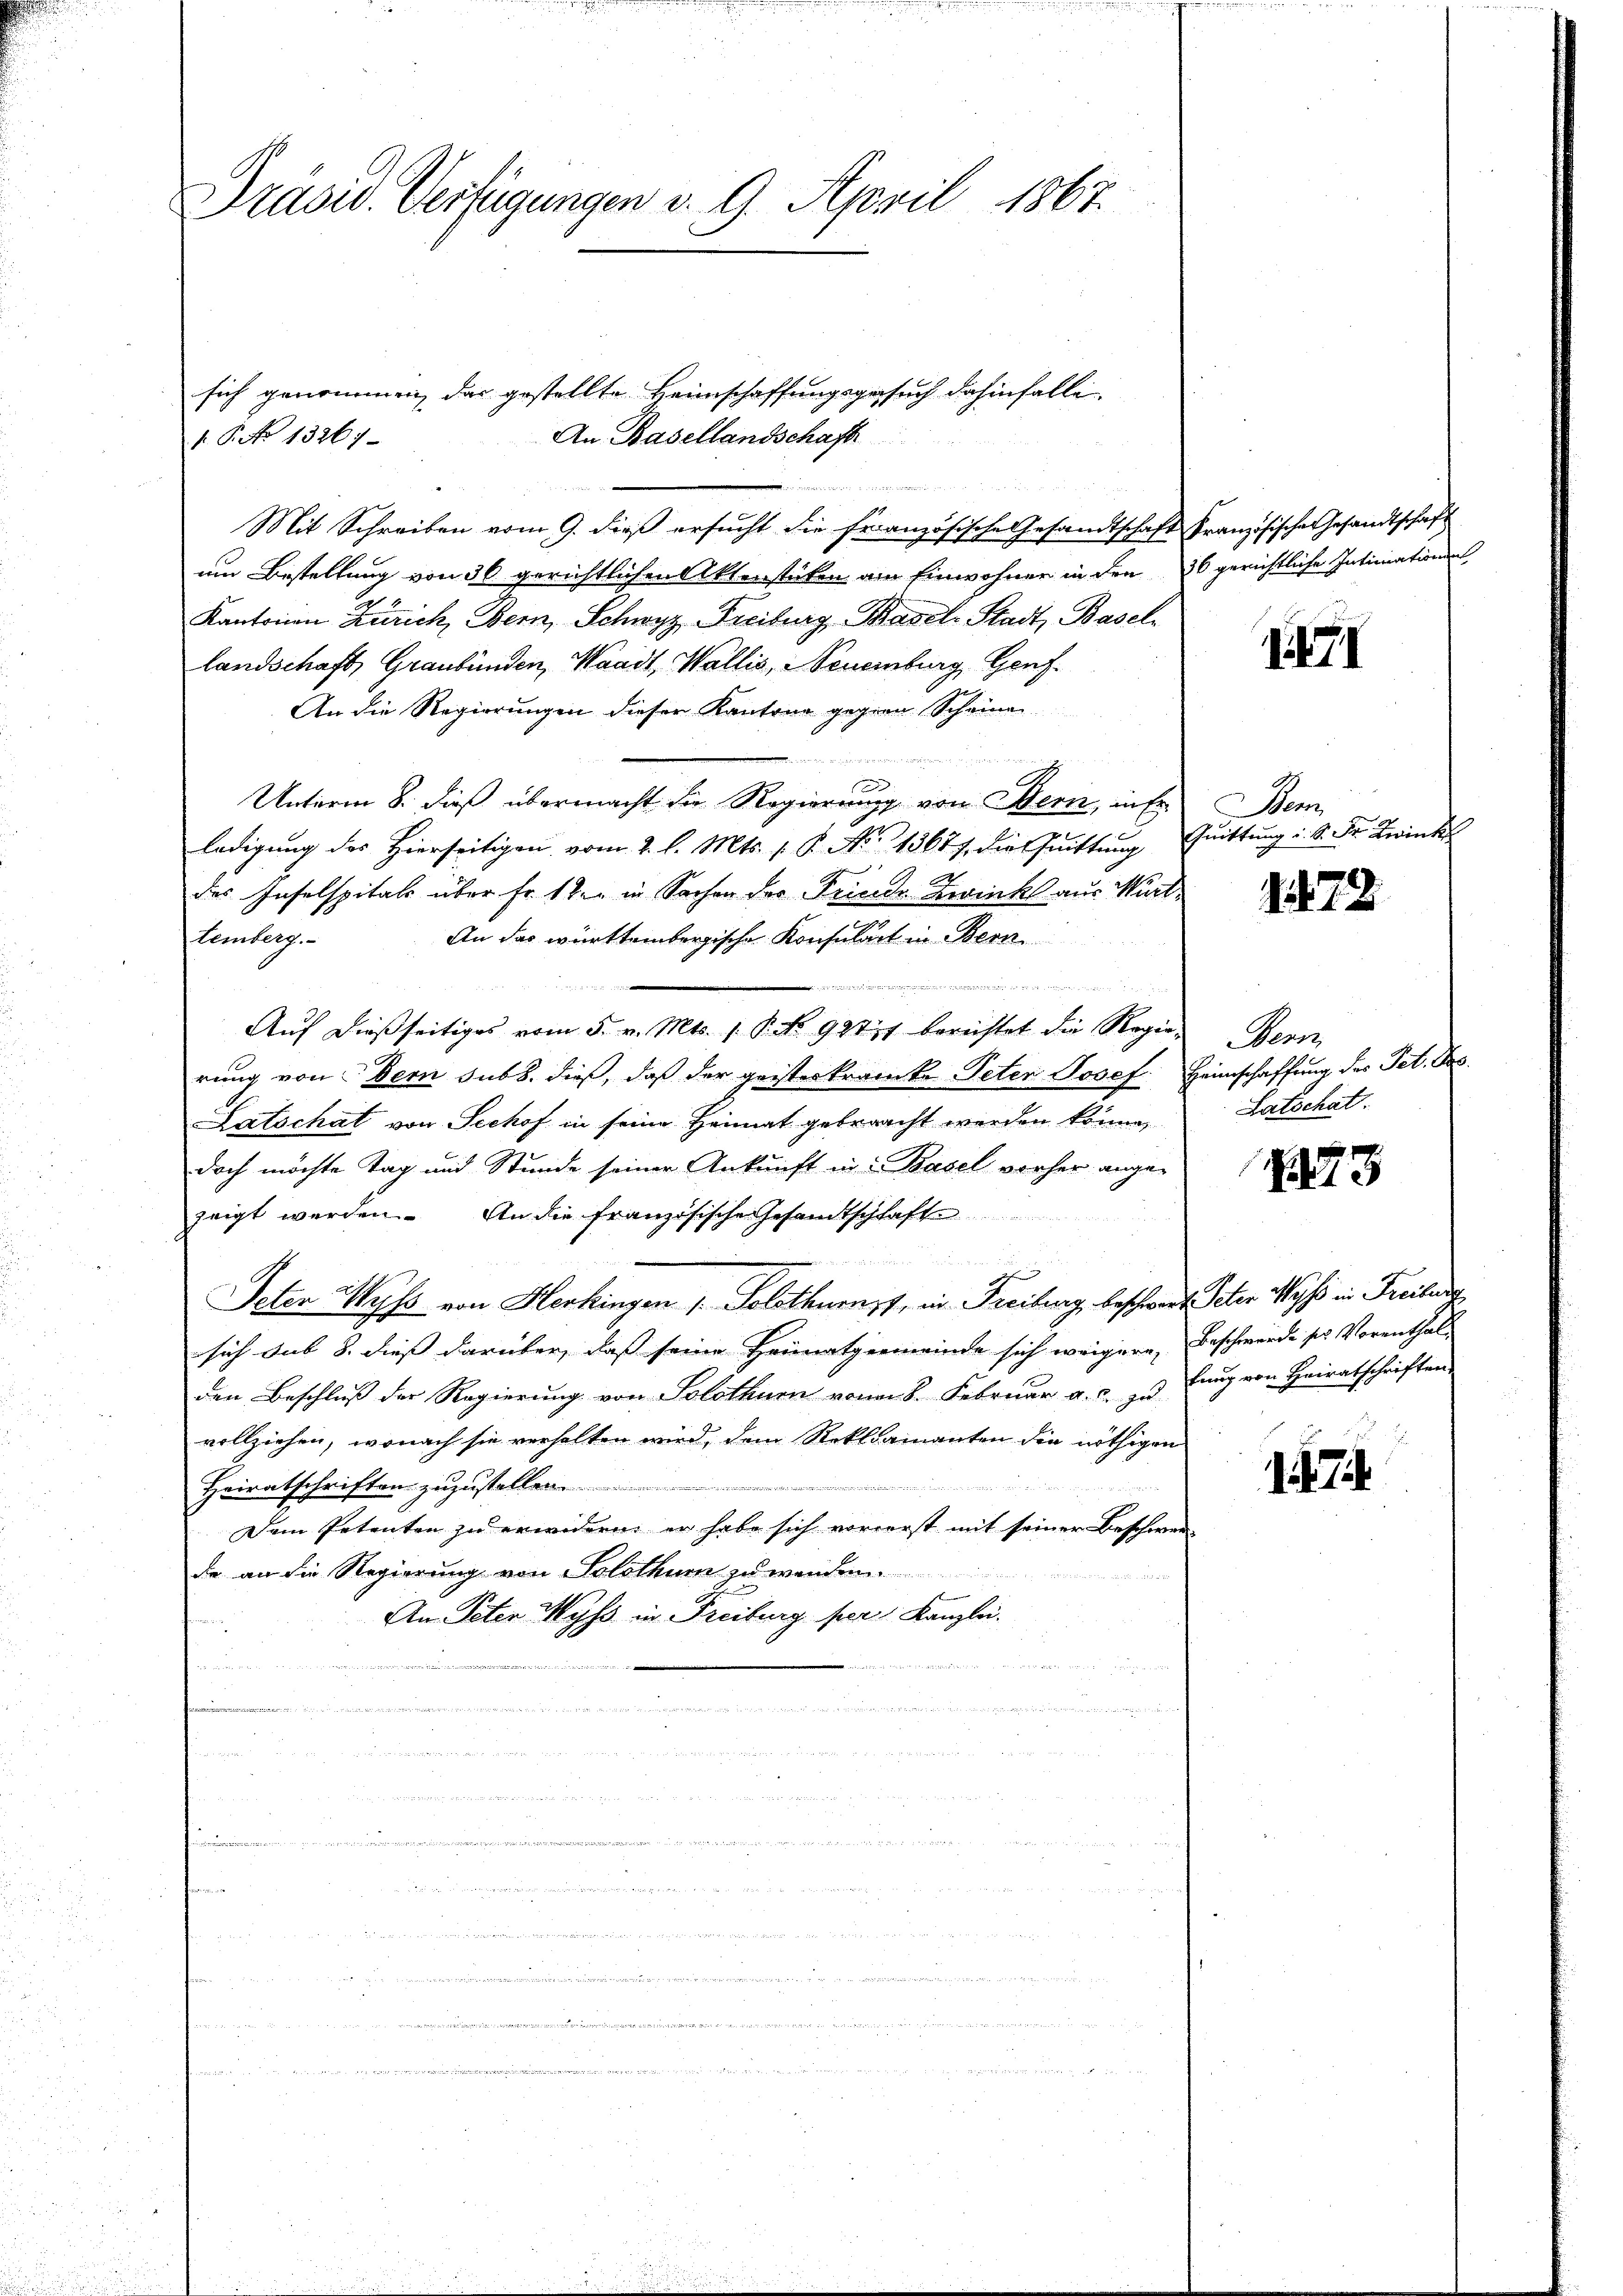
Präsid. Verfügungen v. 9. April 1867.

1. P. No 13267.

Mit Schreiben vom 9. dieß ersucht die französische Gesandtschaft Französisches Gesandtschaft
um Bestellung von 30 gerichtlichen Aktenstücken am Einwohner in den 30 gerichtliche Intimationen
Kantonen Zürich, Bern, Schwyz, Freiburg, Basel-Stadt, Basel
landschaft, Graubünden, Waadt, Wallis, Neuenburg, Genf.
An die Regierungen dieser Kantone gegenn Scheine
.
Unterm 8. dieß übermacht die Regierung von Wern, in Er
ledigung des Hierseitigen vom 2. l. Mts. 1. P. Nr. 13677. die Quittung
e
des Inselspitals über Fr. 1 ten in Sachen der Friede Zwinkl aus Würt¬
An das württembergische Konsulart in Bern
temberg.

Auf dießseitiges vom 5. v. Mts. 1. P. No. 927 berichtet die Regierung von Bern sub b. dieß, daß der geisterkranke Peten Josef Heimschaffung des Pet. Bes
Latschat von Seehof in seine Heimat gebracht werden könne,
doch möchte Tag und Stunde seiner Ankunft in 2 Basel vorher angezeigt werden. An die Französische Gesandtschlaft
  es
h
Jeten Wyss von Herkingen 1. Solothurn, in Freiburg, beschwert Peter Wyss in Freiburg,
sich sub 8. dieß darüber, daß seine Heimatgemeinde sich weigere, Beschwerde sr Vorenthal-
den Beschluß der Regierung von Solothurn von 8. Februar a. c. zu fung von Heiratschriften
vollziehen, wonach sie verhalten wird, dem Reklamanten die nöthigen
Heiratschriften zuzustellen
Dem Petenten zu erwidern er habe sich vorrerst mit seiner Beschwer-
de an die Regierung von Solothum zu werden.
An Peter Wyss in Freiburg per Kanzlei.
dierten an die Wahler Bereiter Betra
ed in den
n

sich genommen, das gestellte Heimschaffungsgesuch dahinfalle.
An Basellandschaft
d

1

Bem
Quittung u. S. Dr. Zwink

1472

Bern,
Latschat.

73

17